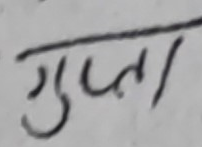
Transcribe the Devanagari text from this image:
गुप्ता